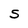
Character: S